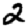
Digit: 2